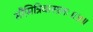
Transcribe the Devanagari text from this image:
सौमित्रिवत्सलः॥५॥